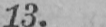
13.